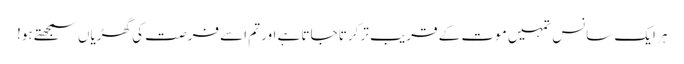
ہر ایک سانس تمہیں موت کے قریب تر کرتا جاتا ہے اور تم اسے فرصت کی گھڑیاں سمجھتے ہو!